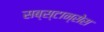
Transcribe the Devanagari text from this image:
सब्स्टान्सेस